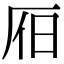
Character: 𣅛